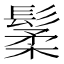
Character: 䰆